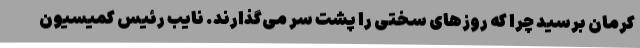
کرمان برسید چرا که روزهای سختی را پشت سر می‌گذارند. نایب رئیس کمیسیون